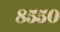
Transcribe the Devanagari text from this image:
८५५०